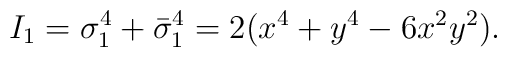
I_1 = \sigma_1^4 +\bar{\sigma}_1^4 = 2(x^4+y^4-6x^2y^2).